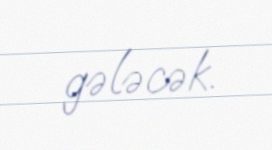
gələcək.